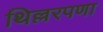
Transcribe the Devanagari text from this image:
थिल्लरपणा